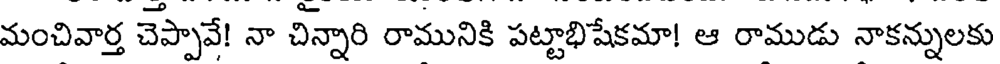
మంచివార్త చెప్పావే! నా చిన్నారి రామునికి పట్టాభిషేకమా! ఆ రాముడు నాకన్నులకు